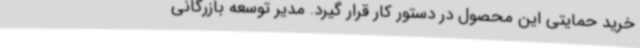
خرید حمایتی این محصول در دستور کار قرار گیرد. مدیر توسعه بازرگانی